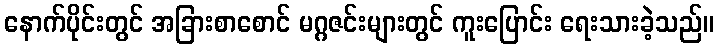
နောက်ပိုင်းတွင် အခြားစာစောင် မဂ္ဂဇင်းများတွင် ကူးပြောင်း ရေးသားခဲ့သည်။